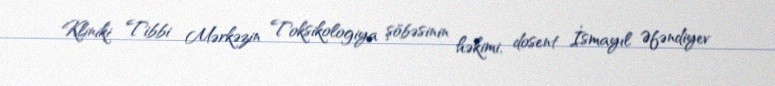
Kliniki Tibbi Mərkəzin Toksikologiya şöbəsinin həkimi, dosent İsmayıl Əfəndiyev